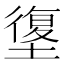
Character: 𰊯